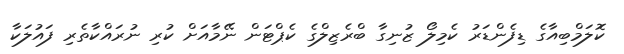
ކޮލަމްބިއާގެ ޑިފެންޑަރު ކެމިލޯ ޒުނިގާ ބްރެޒިލްގެ ކެޕްޓަން ނޭމާއަށް ކުރި ނުރައްކާތެރި ފައުލަކާ